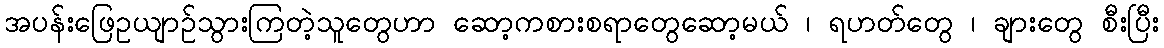
အပန်းဖြေဥယျာဉ်သွားကြတဲ့သူတွေဟာ ဆော့ကစားစရာတွေဆော့မယ် ၊ ရဟတ်တွေ ၊ ချားတွေ စီးပြီး